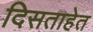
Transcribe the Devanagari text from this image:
दिसताहेत